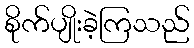
စိုက်ပျိုးခဲ့ကြသည်